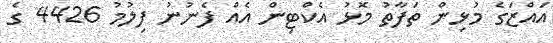
އައްޒަގެ މުޅިން ތަފާތު މޮޅު އެކްޓިން އެއް ފެނުނު ފިލުމު 4426 ގެ